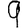
Digit: 9